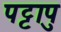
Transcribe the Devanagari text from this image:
पट्टापु